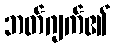
ဘတ်ဂျက်၏